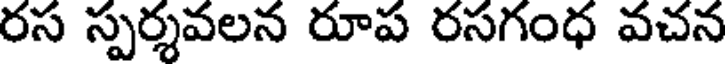
రస స్పర్శవలన రూప రసగంధ వచన